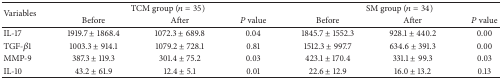
<table><thead><tr><td rowspan="2"><b>Variables</b></td><td colspan="3"><b> TCM group (<i>n</i> = 35)</b></td><td colspan="3"><b>SM group (<i>n</i> = 34)</b></td></tr><tr><td><b>Before</b></td><td><b>After</b></td><td><b><i>P</i> value</b></td><td><b>Before</b></td><td><b>After</b></td><td><b><i>P</i> value</b></td></tr></thead><tbody><tr><td>IL-17</td><td>1919.7 ± 1868.4</td><td>1072.3 ± 689.8</td><td>0.04</td><td>1845.7 ± 1552.3</td><td>928.1 ± 440.2</td><td>0.00</td></tr><tr><td>TGF-<i>β</i>1</td><td>1003.3 ± 914.1</td><td>1079.2 ± 728.1</td><td>0.81</td><td>1512.3 ± 997.7</td><td>634.6 ± 391.3</td><td>0.00</td></tr><tr><td>MMP-9</td><td>387.3 ± 119.3</td><td>301.4 ± 75.2</td><td>0.03</td><td>423.1 ± 170.4</td><td>331.1 ± 99.3</td><td>0.03</td></tr><tr><td>IL-10</td><td>43.2 ± 61.9</td><td>12.4 ± 5.1</td><td>0.01</td><td>22.6 ± 12.9</td><td>16.0 ± 13.2</td><td>0.13</td></tr></tbody></table>